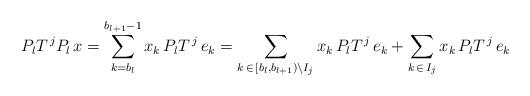
LaTeX: \begin{align*}P_{l}T^{\,j}P_{l}\,x=\sum_{k=b_{l}}^{b_{l+1}-1}x_{k}\,P_lT^{\,j}\,e_{k}= \sum_{k\,\in\,[b_{l},b_{l+1})\backslash I_{j}}x_{k}\,P_lT^{\,j}\,e_{k}+ \sum_{k\,\in\, I_{j}}x_{k}\,P_lT^{\,j}\,e_{k}\end{align*}